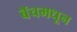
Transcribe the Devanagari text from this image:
बॅचमधून